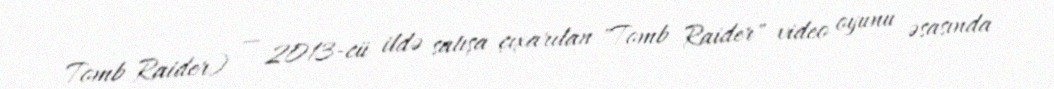
Tomb Raider) — 2013-cü ildə satışa çıxarılan "Tomb Raider" video oyunu əsasında